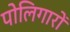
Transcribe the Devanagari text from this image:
पोलिगारों